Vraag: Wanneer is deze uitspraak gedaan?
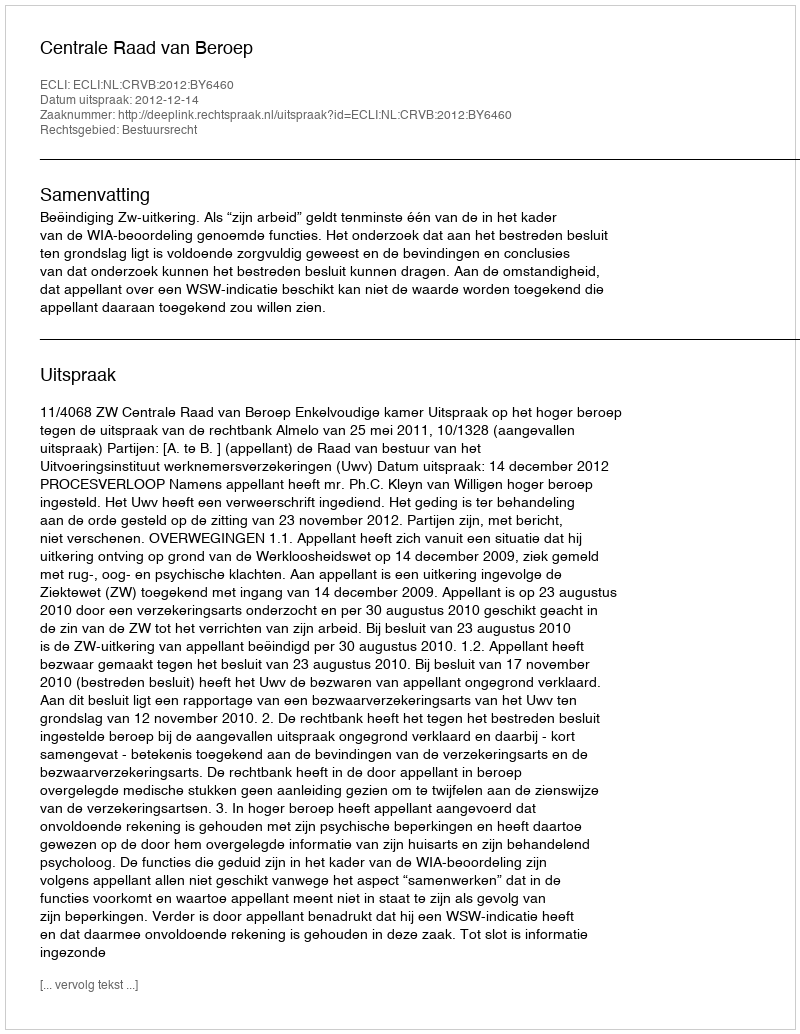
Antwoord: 2012-12-14